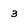
Character: 3